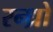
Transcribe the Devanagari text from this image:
रन्ध्रो